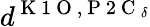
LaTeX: d^{\mathrm{~K~1~O~},\mathrm{~P~2~C~}_{\delta}}